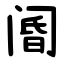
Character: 阍